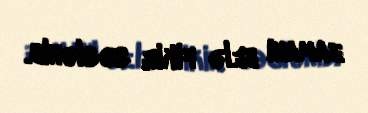
zamanı belə fikir səslənib.